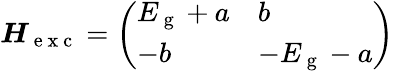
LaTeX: \boldsymbol{H}_{\mathrm{~e~x~c~}}=\left(\begin{array}{ll}{E_{\mathrm{~g~}}+a}&{b}\\ {-b}&{-E_{\mathrm{~g~}}-a}\end{array}\right)